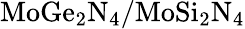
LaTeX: \mathrm{MoGe_{2}N_{4}/MoSi_{2}N_{4}}